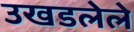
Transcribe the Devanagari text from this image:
उखडलेले